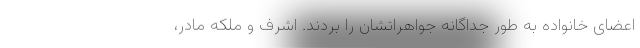
اعضای خانواده به طور جداگانه جواهراتشان را بردند. اشرف و ملکه مادر،